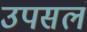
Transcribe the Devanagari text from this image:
उपसलं